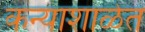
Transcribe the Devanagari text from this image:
कन्याशाळेत